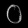
Digit: ၀